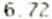
6.72